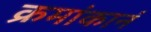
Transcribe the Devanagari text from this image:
क्रमांकानं